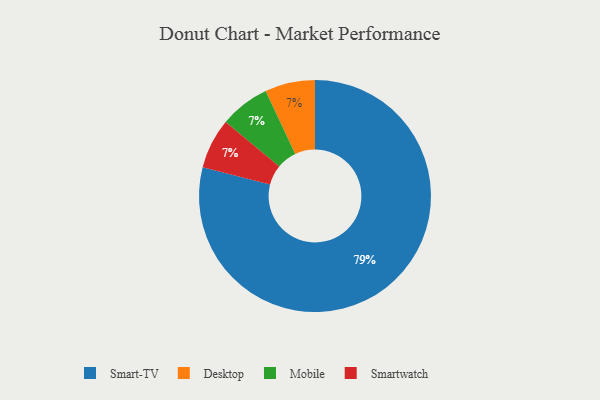
{"axis": {"x": "Category", "y": "Percentage"}, "legend": ["Desktop", "Mobile", "Smart-TV", "Smartwatch"], "data": [{"x": "Desktop", "y": 7, "type": "Desktop"}, {"x": "Mobile", "y": 7, "type": "Mobile"}, {"x": "Smart-TV", "y": 79, "type": "Smart-TV"}, {"x": "Smartwatch", "y": 7, "type": "Smartwatch"}]}